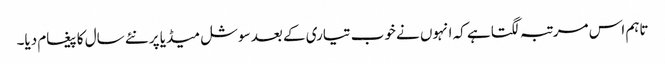
تاہم اس مرتبہ لگتا ہے کہ انہوں نے خوب تیاری کے بعد سوشل میڈیا پر نئے سال کا پیغام دیا۔